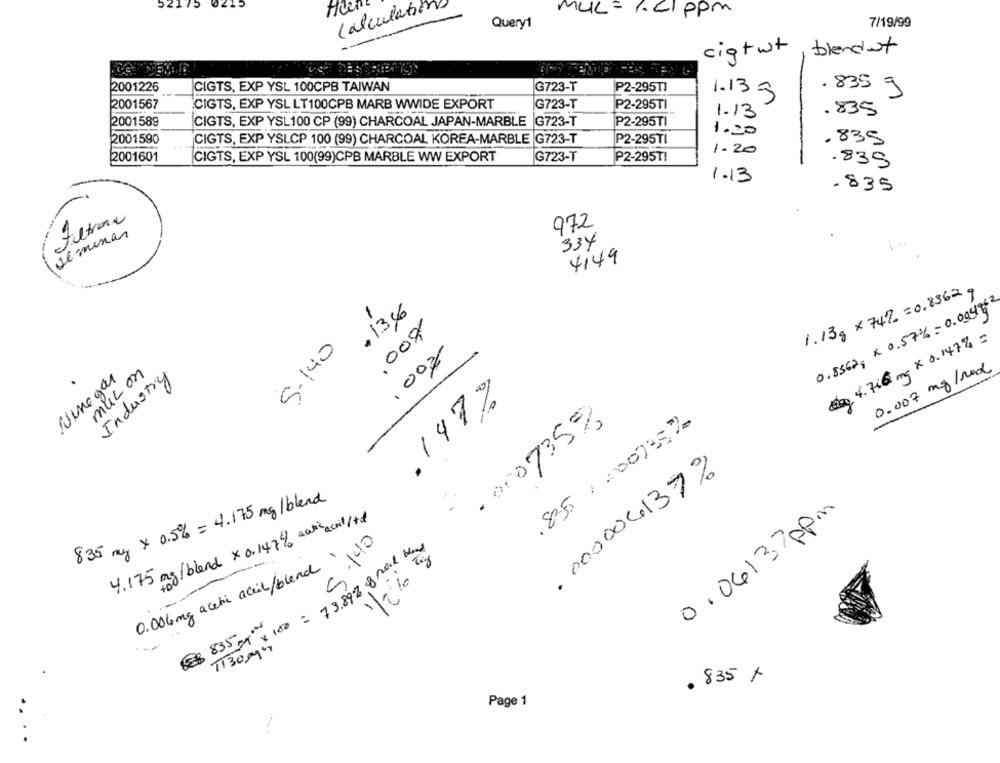
52175
Calculat
MUL = 1.21 ppm
7/19/99
Query1
ciqtwt
blendut
2001226
CIGTS, EXP YSL 100CPB TAIWAN
G723-T
P2-295T1
1.133
. 835 g
2001567
CIGTS, EXP YSL LT100CPB MARB WWIDE EXPORT
G723-T
P2-295TI
1.13
.835
2001589
P2-295TI
CIGTS, EXP YSL100 CP (99) CHARCOAL JAPAN-MARBLE G723-T
1.20
.835
2001590
CIGTS, EXP YSLCP 100 (99) CHARCOAL KOREA-MARBLE G723-T
P2-295TI
1.20
2001601
CIGTS, EXP YSL 100(99)CPB MARBLE WW EXPORT
G723-T
P2-295T!
.835
1.13
-835
Filtrona
972
seminar
334
4149
1.13g x 74% = 0.2562 g
0.8362; x 0,57% = 0.004962
5- 140 .136
,00%
dag 4.716 mg x 0.147% =
100%
0.007 mg /rad
Ninegar
mucon
Industry
.147%
. 000735%
.85/ 200735%
. 000004137%
835 mg × 0.5% = 4.175 mg/blend
0,06/37ppm
4.175 mg/blend x 0.147% acticecil/td
C .140
= 73.892 8 mal berg
1/26 25
0.006 mg acetic acid/ blanc"
€ 835mw
$ 100
1130 ggn
. 835 X
Page 1